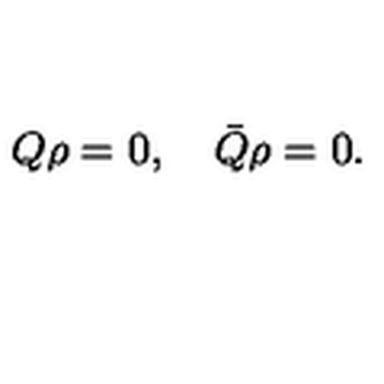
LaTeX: Q \rho = 0 , \quad \bar { Q } \rho = 0 .